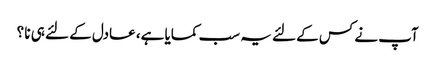
آپ نے کس کے لئے یہ سب کمایا ہے، عادل کے لئے ہی نا ؟